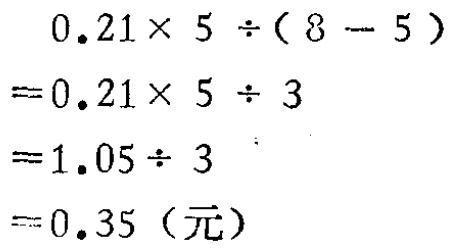
\[

\begin{align*}

&0.21\times 5\div(8 - 5)\\

=&0.21\times 5\div 3\\

=&1.05\div 3\\

=&0.35 (\text{元})

\end{align*}

\]